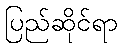
ပြည်ဆိုင်ရာ